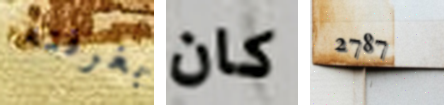
بغرفته كان 2787